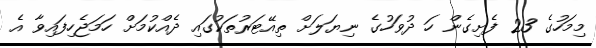
މިމަހުގެ 23 ފެށިގެން ހަ ދުވަހުގެ ނިޔަލަށް ތިއޭޓަރުތަކުގައި ދެއްކުމަށް ހަމަޖެހިފައިވާ އެ